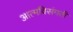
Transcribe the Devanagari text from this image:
आत्मविसंगती